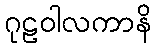
ဂုဠဝါလကာနိ